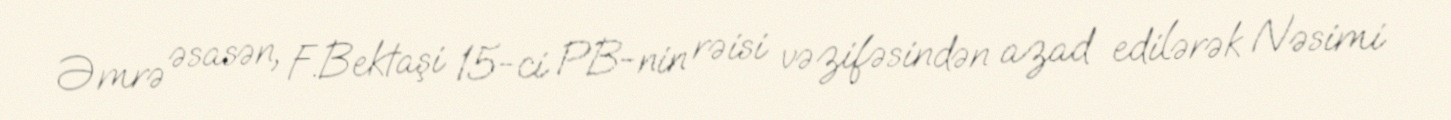
Əmrə əsasən, F.Bektaşi 15-ci PB-nin rəisi vəzifəsindən azad edilərək Nəsimi